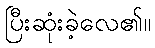
ပြီးဆုံးခဲ့လေ၏။